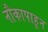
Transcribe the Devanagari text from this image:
नौकापाहून